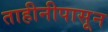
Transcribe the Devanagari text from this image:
ताहीनीपासून